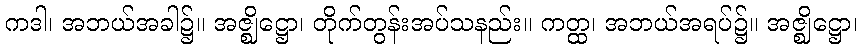
ကဒါ၊ အဘယ်အခါ၌။ အဇ္ဈိဋ္ဌော၊ တိုက်တွန်းအပ်သနည်း။ ကတ္ထ၊ အဘယ်အရပ်၌။ အဇ္ဈိဋ္ဌော၊